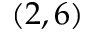
( 2 , 6 )